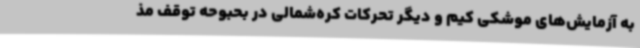
به آزمایش‌های موشکی کیم و دیگر تحرکات کره‌شمالی در بحبوحه توقف مذ